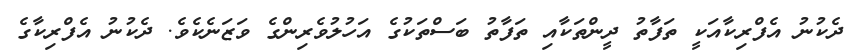
ދެކުނު އެފްރިކާއަކީ ތަފާތު ދީންތަކާއި ތަފާތު ބަސްތަކުގެ އަހުލުވެރިންގެ ވަޒަނެކެވެ. ދެކުނު އެފްރިކާގެ